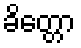
ခိတ္တော